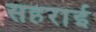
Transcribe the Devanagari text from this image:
सहराई